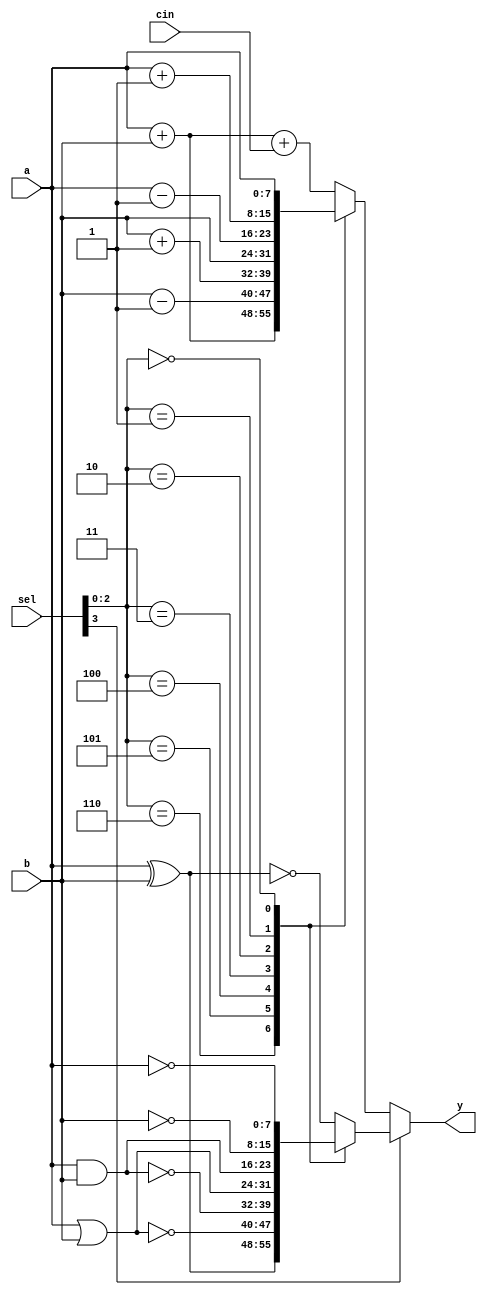
/* Generated by Yosys 0.19 (git sha1 a45c131b37c, clang 13.1.6 -fPIC -Os) */

(* src = "alu.v:2.1-48.10" *)
module alu(a, b, cin, sel, y);
  (* src = "alu.v:16.28-16.33" *)
  (* unused_bits = "8 9 10 11 12 13 14 15 16 17 18 19 20 21 22 23 24 25 26 27 28 29 30 31" *)
  wire [31:0] _00_;
  (* src = "alu.v:19.28-19.33" *)
  (* unused_bits = "8 9 10 11 12 13 14 15 16 17 18 19 20 21 22 23 24 25 26 27 28 29 30 31" *)
  wire [31:0] _01_;
  (* src = "alu.v:21.28-21.33" *)
  wire [7:0] _02_;
  (* src = "alu.v:22.28-22.39" *)
  wire [7:0] _03_;
  (* src = "alu.v:31.28-31.33" *)
  wire [7:0] _04_;
  (* src = "alu.v:29.29-29.31" *)
  wire [7:0] _05_;
  (* src = "alu.v:30.29-30.31" *)
  wire [7:0] _06_;
  (* src = "alu.v:33.29-33.39" *)
  wire [7:0] _07_;
  (* src = "alu.v:34.29-34.39" *)
  wire [7:0] _08_;
  (* src = "alu.v:36.29-36.37" *)
  wire [7:0] _09_;
  (* src = "alu.v:32.28-32.33" *)
  wire [7:0] _10_;
  wire _11_;
  wire _12_;
  wire _13_;
  wire _14_;
  wire _15_;
  wire _16_;
  wire _17_;
  (* src = "alu.v:17.28-17.33" *)
  (* unused_bits = "8 9 10 11 12 13 14 15 16 17 18 19 20 21 22 23 24 25 26 27 28 29 30 31" *)
  wire [31:0] _18_;
  (* src = "alu.v:20.28-20.33" *)
  (* unused_bits = "8 9 10 11 12 13 14 15 16 17 18 19 20 21 22 23 24 25 26 27 28 29 30 31" *)
  wire [31:0] _19_;
  (* src = "alu.v:35.28-35.33" *)
  wire [7:0] _20_;
  (* src = "alu.v:3.15-3.16" *)
  input [7:0] a;
  wire [7:0] a;
  (* src = "alu.v:9.13-9.21" *)
  wire [7:0] arithval;
  (* src = "alu.v:3.18-3.19" *)
  input [7:0] b;
  wire [7:0] b;
  (* src = "alu.v:4.9-4.12" *)
  input cin;
  wire cin;
  (* src = "alu.v:10.13-10.21" *)
  wire [7:0] logicval;
  (* src = "alu.v:5.15-5.18" *)
  input [3:0] sel;
  wire [3:0] sel;
  (* src = "alu.v:6.16-6.17" *)
  output [7:0] y;
  wire [7:0] y;
  assign _00_ = a + (* src = "alu.v:16.28-16.33" *) 32'd1;
  assign _01_ = b + (* src = "alu.v:19.28-19.33" *) 32'd1;
  assign _02_ = a + (* src = "alu.v:22.28-22.33" *) b;
  assign _03_ = _02_ + (* src = "alu.v:22.28-22.39" *) cin;
  assign _04_ = a & (* src = "alu.v:33.32-33.37" *) b;
  assign _05_ = ~ (* src = "alu.v:29.29-29.31" *) a;
  assign _06_ = ~ (* src = "alu.v:30.29-30.31" *) b;
  assign _07_ = ~ (* src = "alu.v:33.29-33.39" *) _04_;
  assign _08_ = ~ (* src = "alu.v:34.29-34.39" *) _10_;
  assign _09_ = ~ (* src = "alu.v:36.29-36.37" *) _20_;
  assign _10_ = a | (* src = "alu.v:34.32-34.37" *) b;
  assign y = sel[3] ? (* full_case = 32'd1 *) (* src = "alu.v:0.0-0.0|alu.v:42.5-45.12" *) logicval : arithval;
  function [7:0] _33_;
    input [7:0] a;
    input [55:0] b;
    input [6:0] s;
    (* full_case = 32'd1 *)
    (* src = "alu.v:0.0-0.0|alu.v:28.5-37.12" *)
    (* parallel_case *)
    casez (s)
      7'b??????1:
        _33_ = b[7:0];
      7'b?????1?:
        _33_ = b[15:8];
      7'b????1??:
        _33_ = b[23:16];
      7'b???1???:
        _33_ = b[31:24];
      7'b??1????:
        _33_ = b[39:32];
      7'b?1?????:
        _33_ = b[47:40];
      7'b1??????:
        _33_ = b[55:48];
      default:
        _33_ = a;
    endcase
  endfunction
  assign logicval = _33_(_09_, { _05_, _06_, _04_, _10_, _07_, _08_, _20_ }, { _17_, _16_, _15_, _14_, _13_, _12_, _11_ });
  function [7:0] _34_;
    input [7:0] a;
    input [55:0] b;
    input [6:0] s;
    (* full_case = 32'd1 *)
    (* src = "alu.v:0.0-0.0|alu.v:14.5-23.12" *)
    (* parallel_case *)
    casez (s)
      7'b??????1:
        _34_ = b[7:0];
      7'b?????1?:
        _34_ = b[15:8];
      7'b????1??:
        _34_ = b[23:16];
      7'b???1???:
        _34_ = b[31:24];
      7'b??1????:
        _34_ = b[39:32];
      7'b?1?????:
        _34_ = b[47:40];
      7'b1??????:
        _34_ = b[55:48];
      default:
        _34_ = a;
    endcase
  endfunction
  assign arithval = _34_(_03_, { a, _00_[7:0], _18_[7:0], b, _01_[7:0], _19_[7:0], _02_ }, { _17_, _16_, _15_, _14_, _13_, _12_, _11_ });
  assign _11_ = sel[2:0] == (* full_case = 32'd1 *) (* src = "alu.v:0.0-0.0|alu.v:14.5-23.12" *) 3'h6;
  assign _12_ = sel[2:0] == (* full_case = 32'd1 *) (* src = "alu.v:0.0-0.0|alu.v:14.5-23.12" *) 3'h5;
  assign _13_ = sel[2:0] == (* full_case = 32'd1 *) (* src = "alu.v:0.0-0.0|alu.v:14.5-23.12" *) 3'h4;
  assign _14_ = sel[2:0] == (* full_case = 32'd1 *) (* src = "alu.v:0.0-0.0|alu.v:14.5-23.12" *) 3'h3;
  assign _15_ = sel[2:0] == (* full_case = 32'd1 *) (* src = "alu.v:0.0-0.0|alu.v:14.5-23.12" *) 3'h2;
  assign _16_ = sel[2:0] == (* full_case = 32'd1 *) (* src = "alu.v:0.0-0.0|alu.v:14.5-23.12" *) 3'h1;
  assign _17_ = ! (* full_case = 32'd1 *) (* src = "alu.v:0.0-0.0|alu.v:14.5-23.12" *) sel[2:0];
  assign _18_ = a - (* src = "alu.v:17.28-17.33" *) 32'd1;
  assign _19_ = b - (* src = "alu.v:20.28-20.33" *) 32'd1;
  assign _20_ = a ^ (* src = "alu.v:36.31-36.36" *) b;
endmodule